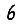
Digit: 6